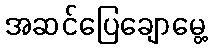
အဆင်ပြေချောမွေ့